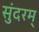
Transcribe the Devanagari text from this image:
सुंदरम्‌